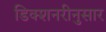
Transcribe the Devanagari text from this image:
डिक्शनरीनुसार